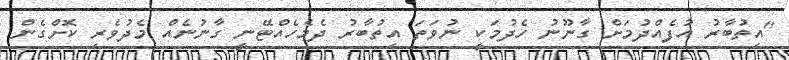
"އިތުބާރު އުފެއްދުމަށް ގާނޫނު ހެދުމަކީ ނުވަތަ އިތުބާރު ދެމެހެއްޓޭނީ ގާނުނެއް މެދުވެރި ކޮށްގެން